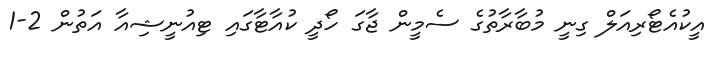
އީކުއެޓޯރިއަލް ގިނީ މުބާރާތުގެ ސެމީން ޖާގަ ހޯދީ ކުއާޓާގައި ޓިއުނީޝިއާ އަތުން 2-1